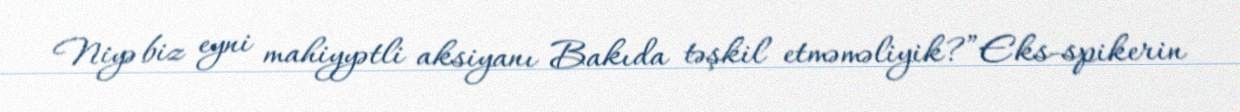
Niyə biz eyni mahiyyətli aksiyanı Bakıda təşkil etməməliyik?”Eks-spikerin